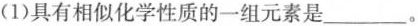
(1)具有相似化学性质的一组元素是___。